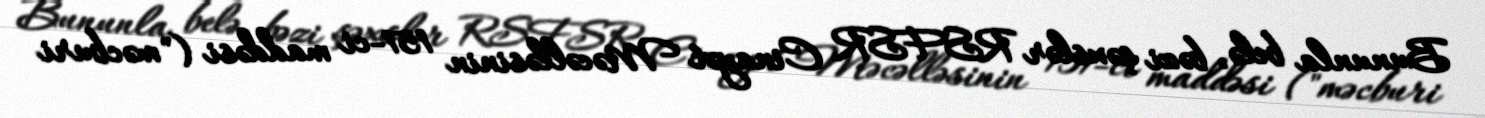
Bununla belə, bəzi şəxslər RSFSR Cinayət Məcəlləsinin 151-ci maddəsi ("məcburi